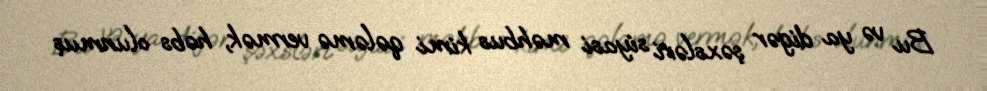
Bu və ya digər şəxsləri siyasi məhbus kimi qələmə vermək, həbs olunmuş